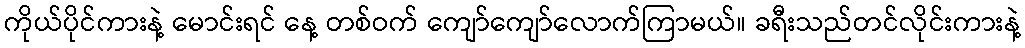
ကိုယ်ပိုင်ကားနဲ့ မောင်းရင် နေ့ တစ်ဝက် ကျော်ကျော်လောက်ကြာမယ်။ ခရီးသည်တင်လိုင်းကားနဲ့